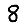
Digit: 8